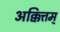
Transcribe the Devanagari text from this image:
अक्कित्तम्